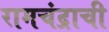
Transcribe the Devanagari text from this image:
रामचंद्राची